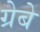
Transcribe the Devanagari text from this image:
ग्रेबे